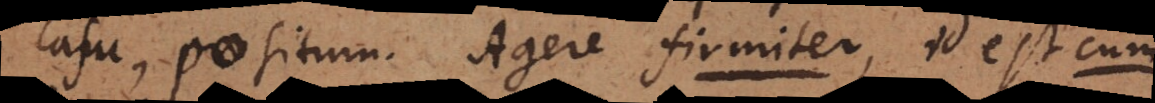
casu, positum, Agere firmiter, id est cum